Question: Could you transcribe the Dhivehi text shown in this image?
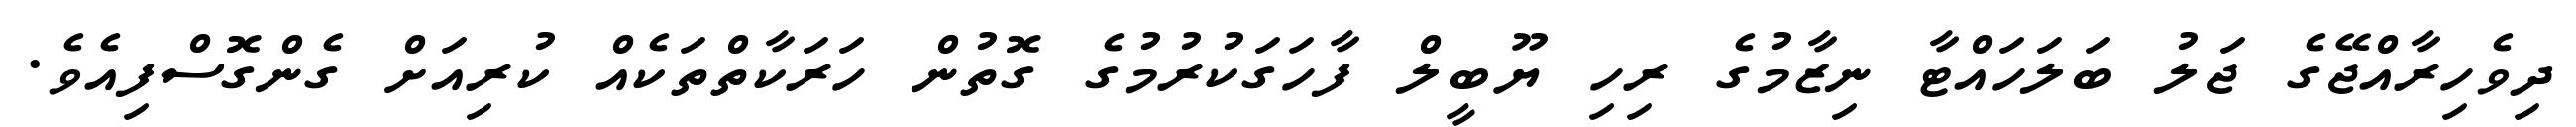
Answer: ދިވެހިރާއްޖޭގެ ޖަލު ބަލަހައްޓާ ނިޒާމުގެ ރިހި ޔޫބީލް ފާހަގަކުރުމުގެ ގޮތުން ހަރަކާތްތަކެއް ކުރިއަށް ގެންގޮސްފިއެވެ.